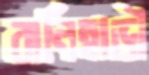
বানিহাড়ী